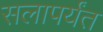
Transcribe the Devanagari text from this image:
सलापर्यंत